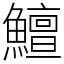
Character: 鱣